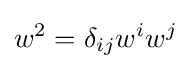
w^{2}=\delta _{ij}w^{i}w^{j}